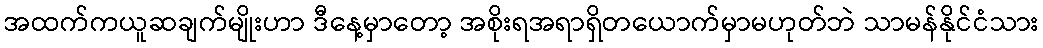
အထက်ကယူဆချက်မျိုးဟာ ဒီနေ့မှာတော့ အစိုးရအရာရှိတယောက်မှာမဟုတ်ဘဲ သာမန်နိုင်ငံသား